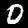
Label: 0